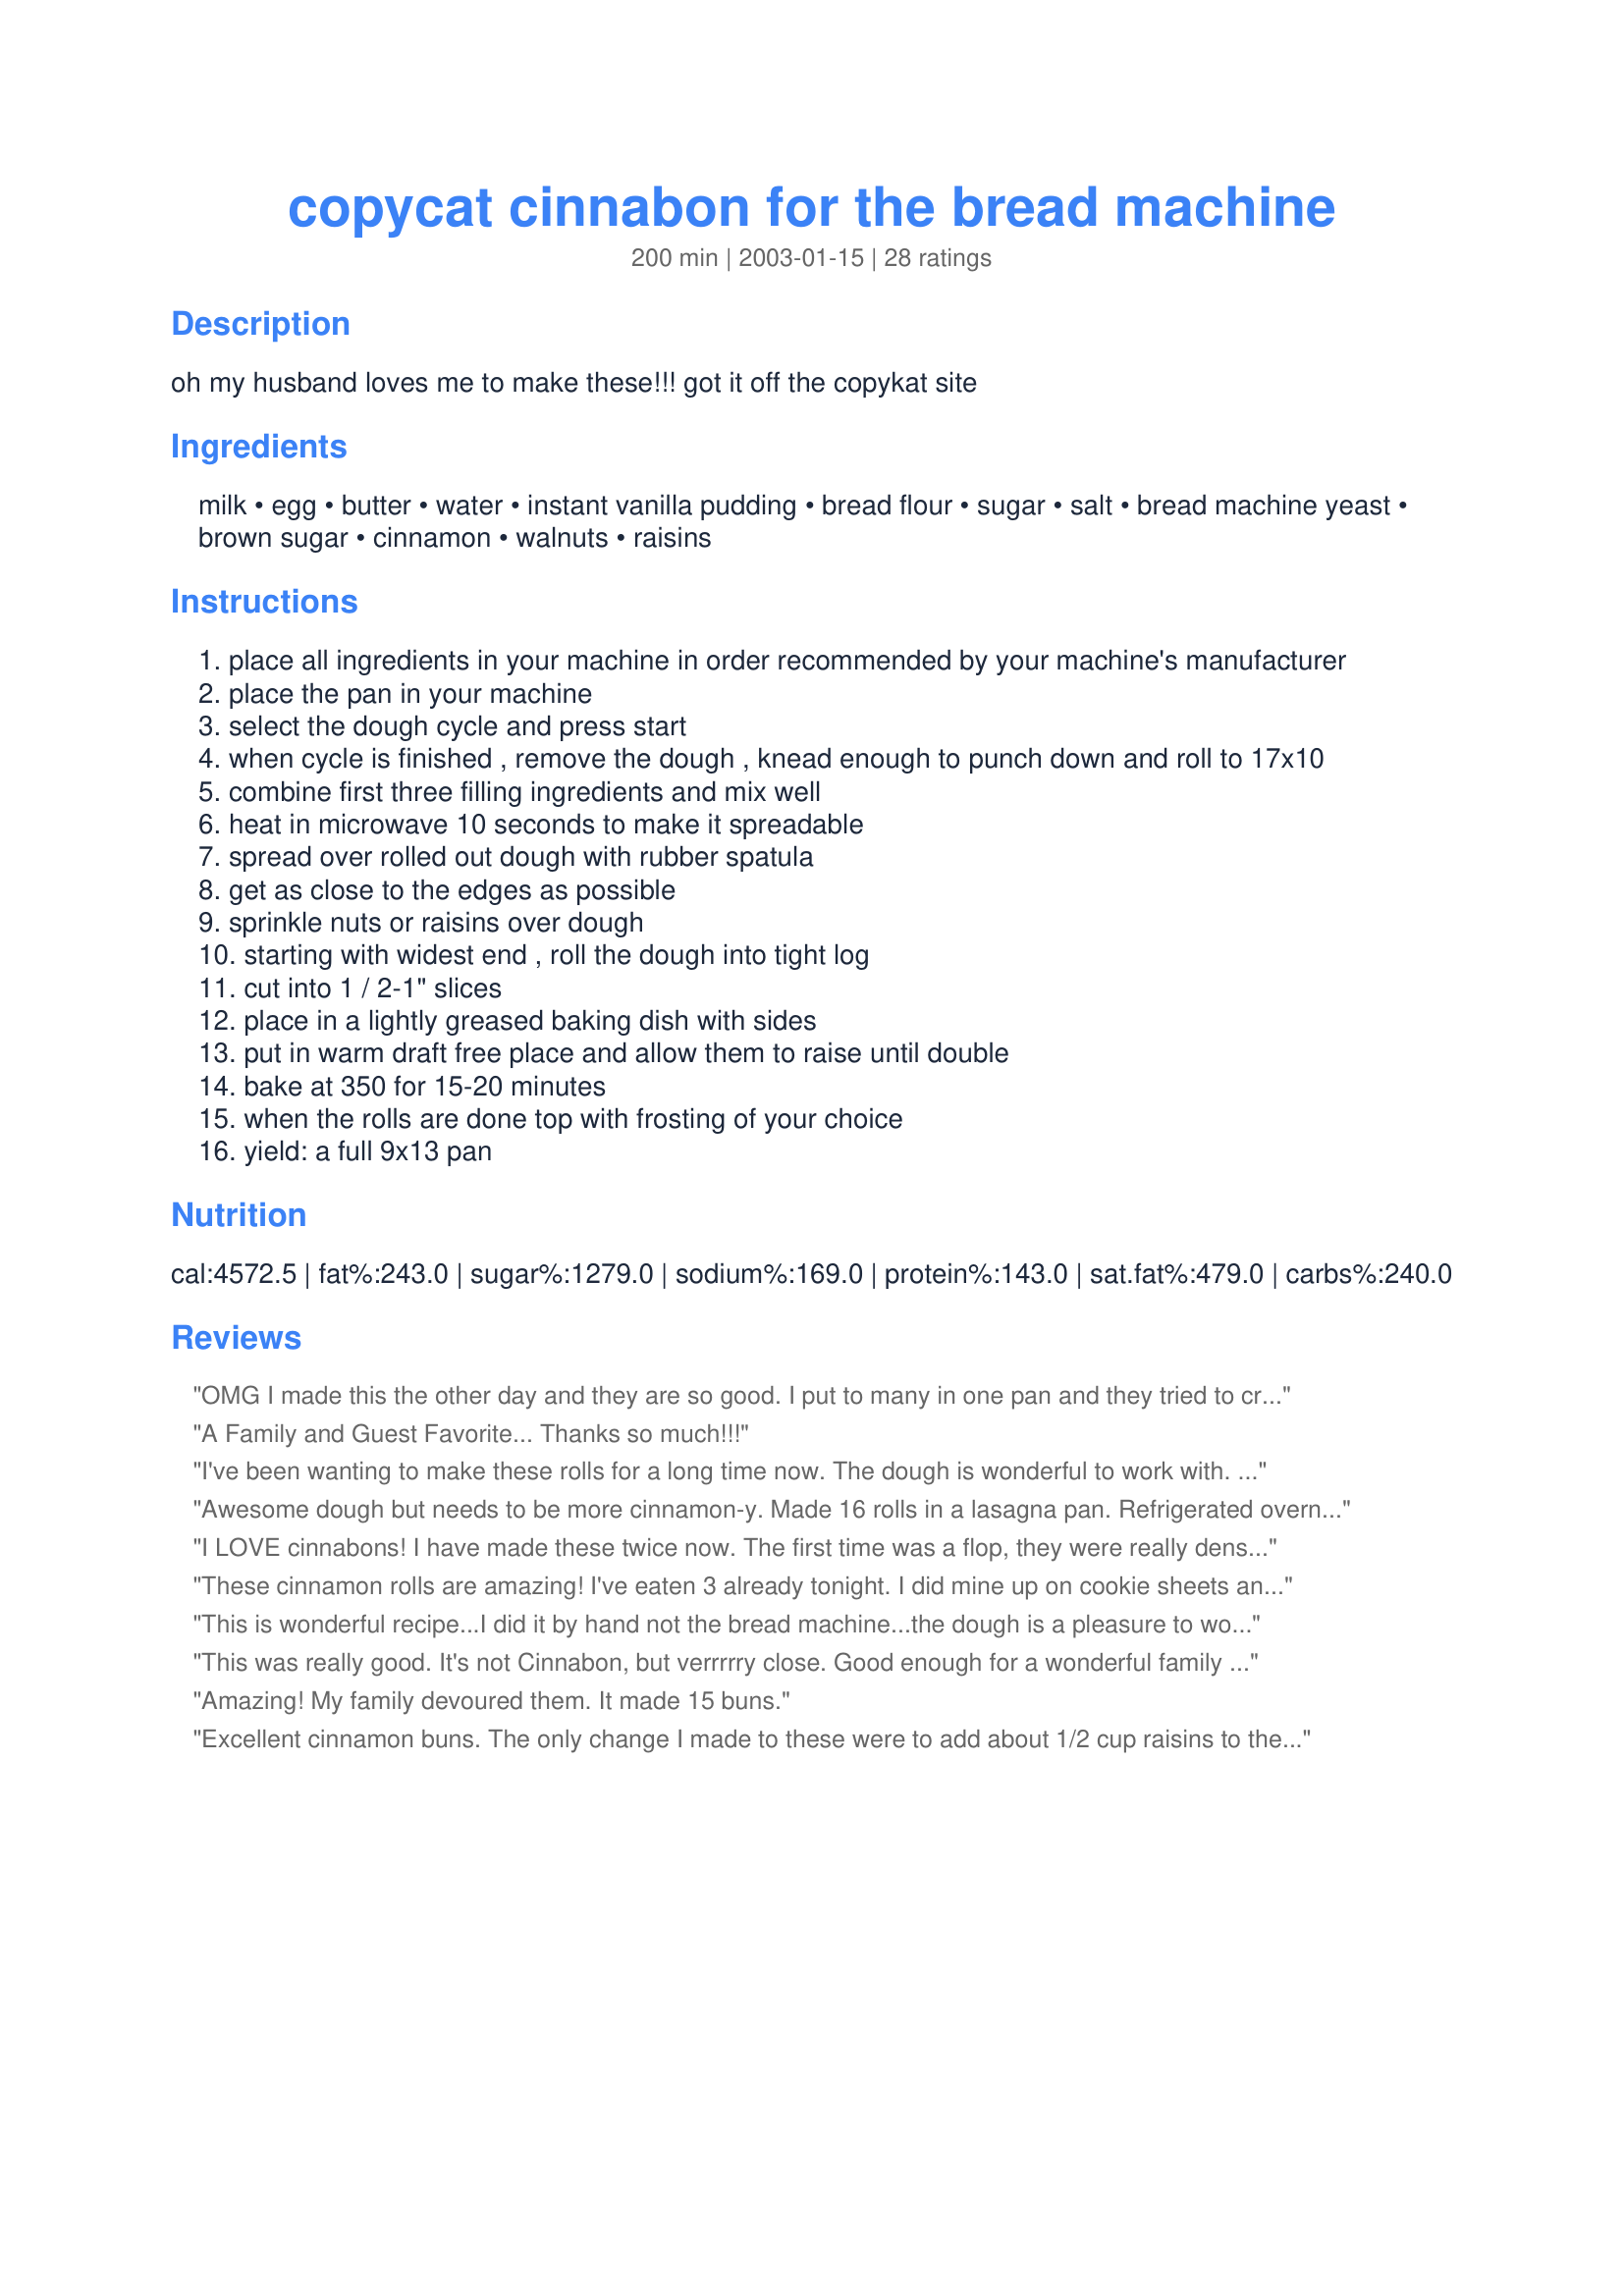
copycat cinnabon for the bread machine
Preparation time: 200 minutes

oh my husband loves me to make these!!! got it off the copykat site

Ingredients:
milk, egg, butter, water, instant vanilla pudding, bread flour, sugar, salt, bread machine yeast, brown sugar, cinnamon, walnuts, raisins

Steps:
place all ingredients in your machine in order recommended by your machine's manufacturer
place the pan in your machine
select the dough cycle and press start
when cycle is finished , remove the dough , knead enough to punch down and roll to 17x10
combine first three filling ingredients and mix well
heat in microwave 10 seconds to make it spreadable
spread over rolled out dough with rubber spatula
get as close to the edges as possible
sprinkle nuts or raisins over dough
starting with widest end , roll the dough into tight log
cut into 1 / 2-1" slices
place in a lightly greased baking dish with sides
put in warm draft free place and allow them to raise until double
bake at 350 for 15-20 minutes
when the rolls are done top with frosting of your choice
yield: a full 9x13 pan

Reviews:
OMG I made this the other day and they are so good. I put to many in one pan and they tried to crawl out the top. I will be making this at least once a month from now on.
A Family and Guest Favorite... Thanks so much!!!
I've been wanting to make these rolls for a long time now. The dough is wonderful to work with. My recipe yielded 12 very large rolls. Very flavorful. I recommend this recipe.
Awesome dough but needs to be more cinnamon-y. Made 16 rolls in a lasagna pan. Refrigerated overnight, then set out about 1.5 hours before cooking. Timer stopped working but when top was brown the inside was still too gooey, so flipped over and cooked about 7 minutes more. Frosted hot so it melted in.
I LOVE cinnabons! I have made these twice now. The first time was a flop, they were really dense. I was determined to get it right. So, the second time I made some changes... waited for all ingredients to be room temperature, used 2 eggs instead of 1, and used only 1/2 box vanilla pudding. This time they ROCKED! Thank you for sharing.
These cinnamon rolls are amazing! I've eaten 3 already tonight. I did mine up on cookie sheets and it worked great.
This is wonderful recipe...I did it by hand not the bread machine...the dough is a pleasure to work with & the end resulting rolls a Heavenly.....light, flavorful & just the right amount of filling...I did not use any icing as they are perfect without.
This was really good. It's not Cinnabon, but verrrrry close. Good enough for a wonderful family dessert on a cold winter evening!
Amazing! My family devoured them. It made 15 buns.
Excellent cinnamon buns. The only change I made to these were to add about 1/2 cup raisins to the dough after the first beep. I used a cream cheese frosting on these. I would suggest using a larger pan to bake these in. They were really crammed in my 9x13 pan. The center rolls were a bit underdone. Thanks Paula&Matt.
Hey There-

I think you are evil to have posted this recipe! Wonderful stuff, soooo easy to make and my BF just munched two down and raved! I did ice the top-Very, very good recipe!!! Thanks, Di
These were pretty good. I used a maple glaze and it came out nice, although I may have overcooked them just a bit. This will be fun to make again, thanks a lot!
I made these this morning and my hubby who is not a cinnabon fan looked like a vacuum cleaner...he ate 3 as soon as they were out of the oven and he had a taste....
The dough is wonderful! I added two tablespoon of cinnamon, 2/3 cup light brown sugar and 1/3 cup white sugar, also added two tablespoon of melt butter- still needs tweaking. Next time I will double the filling.
Great recipe for making when you are busy. I didn't have any vanilla pudding so I used Cheesecake instant puccding instead & they still taste great. Nice dough to work with. Not very sticky at all! Also the oven trick for the second raising worked great!
I make these all the time - they are great. Works well if you have guests in town and will need them for breakfast. Put dough in fridge overnight and it will rise just enough.

Also - I usually substitute in 1 cup of wheat flour just to make sure they contain SOME kind of fiber. If you do this, make sure to add another 1/2 cup of milk because the wheat flour will drink your liquids.
Lordy Lordy but this is delicious! and so much simpler than doing all by hand. I use my bread machine a lot but never even considered using it to make anything like this. <br/>I made these buns exactly as the recipe states and goodness gracious were they good! They certainly rival the original cinabon buns for sure!<br/>I made one batch for the first time and they were gone in 4 hours....when friends and family learned I was making them here they came.... and the buns just disappeared. POOF . <br/>This recipe will become one of my "keepers" for sure. You will never make them again any other way.<br/>Kudos to paula & Matt!
fantastic recipe. I have been making it for a while and forgot to post but Love it. My children and all the family devour them. Thank you.
Great recipe. The dough had a lovely velvety consistency which was very nice to work with. I simply could not bring myself to ice these. Instead while the rolls were still warm I simply flipped the entire pan upside down onto a serving platter. The gooey goodness in the bottom of the pan served as the topping.
Really, really good! This is easy to follow and super simplified with the bread maker. I made a cream cheese glaze from 1 pkg of cream cheese, 1 c. butter, 1 tsp vanilla extract & 3 cups confectioner's sugar. Makes a very full 9X13 pan. Will make them again- when I have a bigger crowd.
I made this recipe and the corresponding icing recipe and was really pleased. My husband says they are incredibly close and I think they must be too because I was unable to finish one and I've never finished a Cinnabon either - too rich! Submitted a request for a change to the size of the pudding box as I believe the weight listed might be for sugar-free pudding as the standard regular box of pudding is 3.4 ozs, which is what I used when I made the recipe.
All I can say is these are awesome!!!
I used french vanilla pudding and as big a batch as it made this morning, all but two are gone this evening. These are just so good I know I'll be making these quite often. Thanks for sharing this awesome recipe.
These are awesome. I made it non-dairy substituting almond milk for the milk and oil for the butter, and I used non-dairy margarine for the butter in the filling. I used both the raisins and the walnuts in the filling.
This ia my standard recipe for cinnamon rolls now. I've done it a few times now. Tender, just the right sweetness and rather large.
Everyone here raved about these this morning. Wonderful cinnamon rolls. I did put a dab of icing on top. That took them over the top sweet, so next time I will try them without. The dough was scrumptious!! The only problem I had was the brown sugar stayed grainy I guess I did'nt heat or mix it right with the butter and cinnamon.
I made this recipe many times and everyone loves it. I do not follow much filling directions: I just butter rolled dough, sprinkle little bit of brown sugar, cinnamon and raisins. I also do not put any icing on top because I like it less sweet, but I powder icing sugar on top.
Also I found that if I leave dough to rise for extra 2-3 hours I would end up with more fluffier buns.
I have made this recipe several times for my family and they LOVE it. My husband doesn't eat a lot of sweets but even he can't get enough of these rolls. I ice mine with some butter frosting (1 stick butter, 2 t. vanilla, 1 lb. powdered sugar and a little milk to make it smooth) Turns out great every time!
